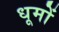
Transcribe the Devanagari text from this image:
धूमों